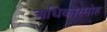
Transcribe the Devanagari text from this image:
अधिकारमोह